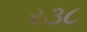
ર૩૮